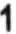
1